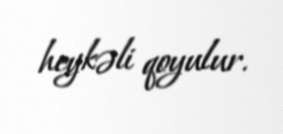
heykəli qoyulur.